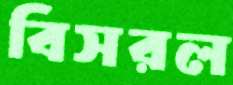
বিসরল